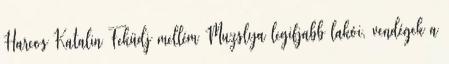
Harcos Katalin Feküdj mellém Muzslya legifjabb lakói, vendégek a